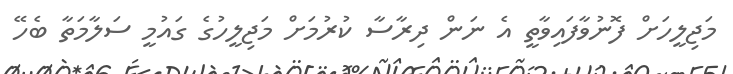
މަޖިލީހަށް ފޮނުވާފައިވާތީ އެ ނަން ދިރާސާ ކުރުމަށް މަޖިލީހުގެ ގައުމީ ސަލާމަތާ ބެހޭ